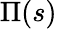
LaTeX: \Pi(s)